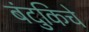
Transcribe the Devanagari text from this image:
बंदुकिचे